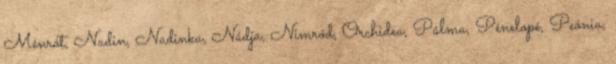
Ménrót, Nadin, Nadinka, Nádja, Nimród, Orchidea, Pálma, Pénelopé, Peónia,